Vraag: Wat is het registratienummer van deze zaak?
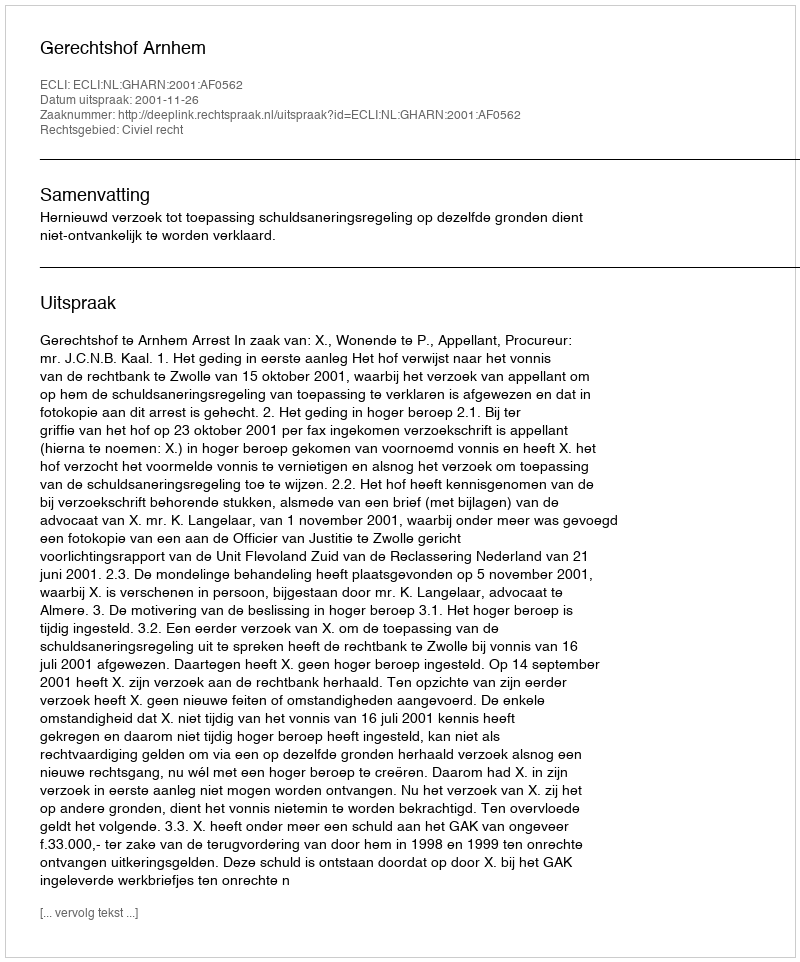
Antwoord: http://deeplink.rechtspraak.nl/uitspraak?id=ECLI:NL:GHARN:2001:AF0562